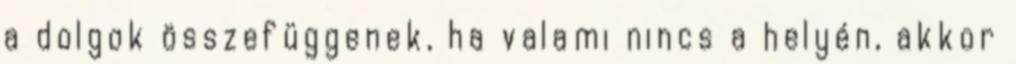
a dolgok összefüggenek, ha valami nincs a helyén, akkor